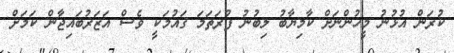
ކުރަން އުޅުނު މީހުންނަށް ކާމިޔާބު ލިބުނު ފުރަތަމަ ޤައުމަކީ ވެސް އަޒަރުބައިޖާން ކަމަށް